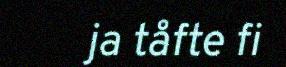
ja tåfte fi